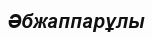
Әбжаппарұлы